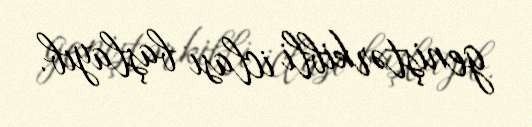
geniştərkibli iclası başlayıb.